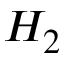
H _ { 2 }